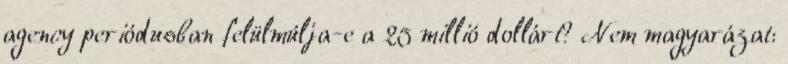
agency periódusban felülmúlja-e a 25 millió dollárt? Nem magyarázat: